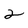
Character: 2